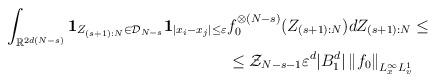
LaTeX: \begin{align*}\begin{aligned}\int_{\mathbb{R}^{2d(N-s)}}\mathbf{1}_{Z_{(s+1):N}\in\mathcal{D}_{N-s}}\mathbf{1}_{|x_i-x_j|\leq \varepsilon} & f_0^{\otimes (N-s)} (Z_{(s+1):N}) dZ_{(s+1):N} \leq \\& \leq \mathcal{Z}_{N-s-1} \varepsilon^d|B_1^d| \left\Vert f_0 \right\Vert_{L^\infty_x L^1_v}\end{aligned}\end{align*}